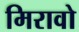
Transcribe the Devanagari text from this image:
मिरावो